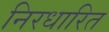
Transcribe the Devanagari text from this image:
निरधारित